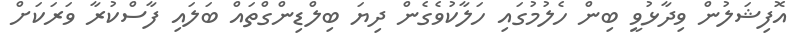
އޮފިޝަލުން ވިދާޅުވީ ބިން ހެލުމުގައި ހަލާކުވެގެން ދިޔަ ބިލްޑިންގްތައް ބަލައި ފާސްކުރާ ވަރަކަށް